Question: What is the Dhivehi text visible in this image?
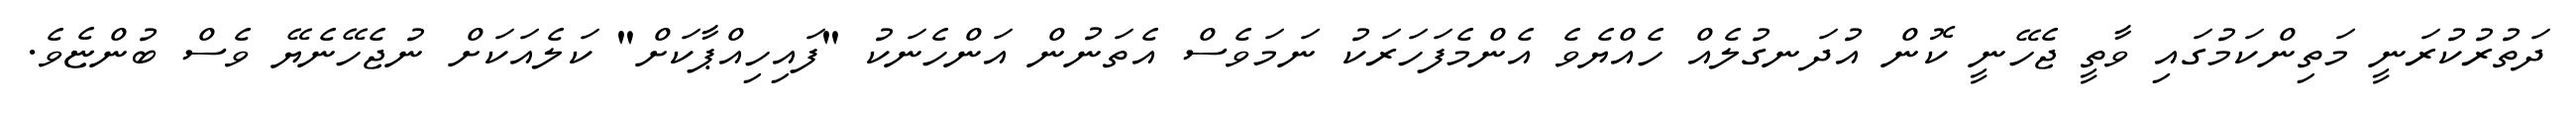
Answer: ދަތުރުކުރަނީ މަތިންކަމުގައި ވާތީ ޖެހޭނީ ކޮން އުދަނގުލެއް ހެއްޔެވެ އެންމެފަހަރަކު ނަމަވެސް އެތަނުން އަންހެނަކު "ފައިހިއްޕާކަށް" ކަލެއަކަށް ނުޖެހޭނެޔޭ ވެސް ބުންޏެވެ.